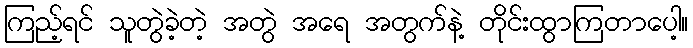
ကြည့်ရင် သူတွဲခဲ့တဲ့ အတွဲ အရေ အတွက်နဲ့ တိုင်းထွာကြတာပေါ့။